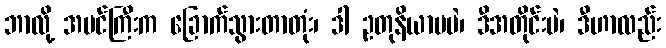
ဘာလို့ အပင်ကြီးက ခြောက်သွားတာတုံး၊ ဒါ ဥတုနိယာမပဲ၊ ဒီအတိုင်းပဲ၊ ဒီဟာလည်း